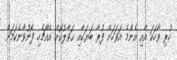
ހުރި ވާހަކަ އާއި އެންމެ އަވަހަށް ފުރާ ބަޔަކާއި ޙަވާލުކޮށް އެއްޗެހި ފޮނުވާނެކަމަށް